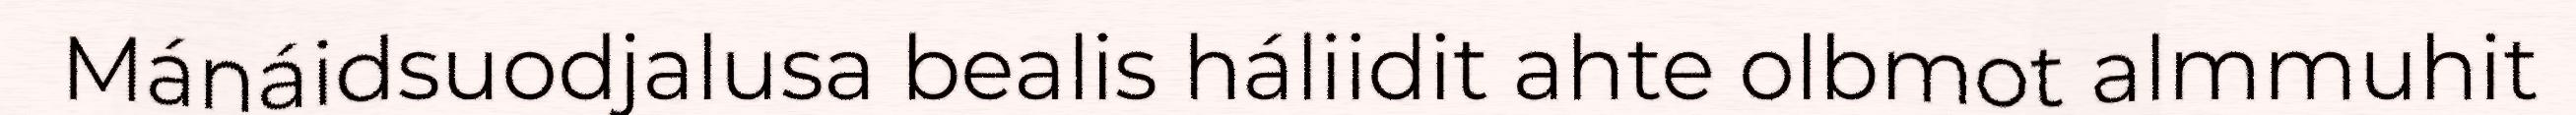
Mánáidsuodjalusa bealis háliidit ahte olbmot almmuhit